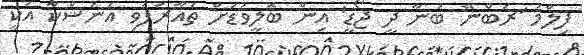
ފިލްމު 'ރަބްނޭ ބަނާ ދީ ޖޯޑީ' އިން ބޮލީވުޑަށް ތައާރަފުވި އަނުޝްކާ އަކީ